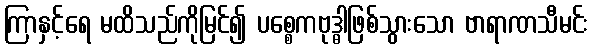
ကြာနှင့်ရေ မထိသည်ကိုမြင်၍ ပစ္စေကဗုဒ္ဓါဖြစ်သွားသော ဗာရာဏသီမင်း